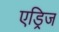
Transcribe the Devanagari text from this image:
एड्रिज